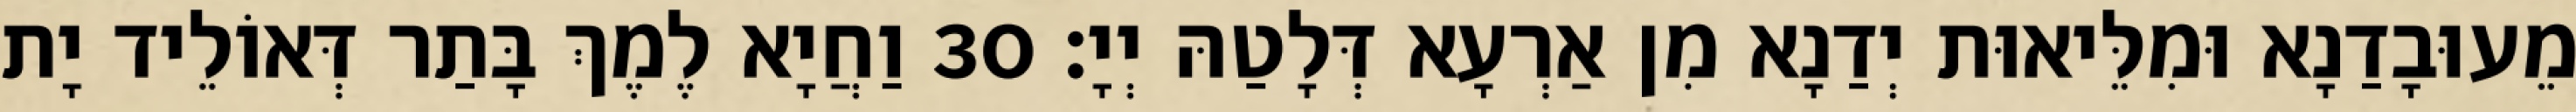
מֵעוּבָדַנָא וּמִלֵּיאוּת יְדַנָא מִן אַרְעָא דְּלָטַהּ יְיָ׃ 30 וַחֲיָא לֶמֶךְ בָּתַר דְּאוֹלֵיד יָת